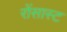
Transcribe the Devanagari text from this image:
रोंसास्ट